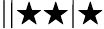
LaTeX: ||\bigstar\bigstar|\bigstar